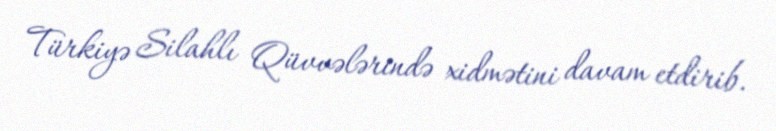
Türkiyə Silahlı Qüvvələrində xidmətini davam etdirib.